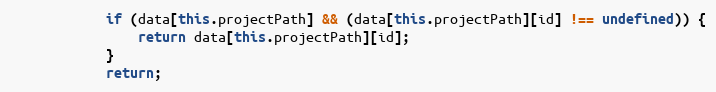
Language: JavaScript
            if (data[this.projectPath] && (data[this.projectPath][id] !== undefined)) {
                return data[this.projectPath][id];
            }
            return;